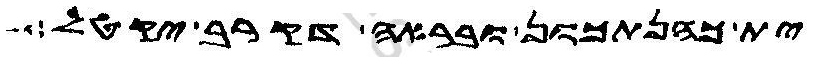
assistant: ית כהנתכון ובראה דקרב יקטל